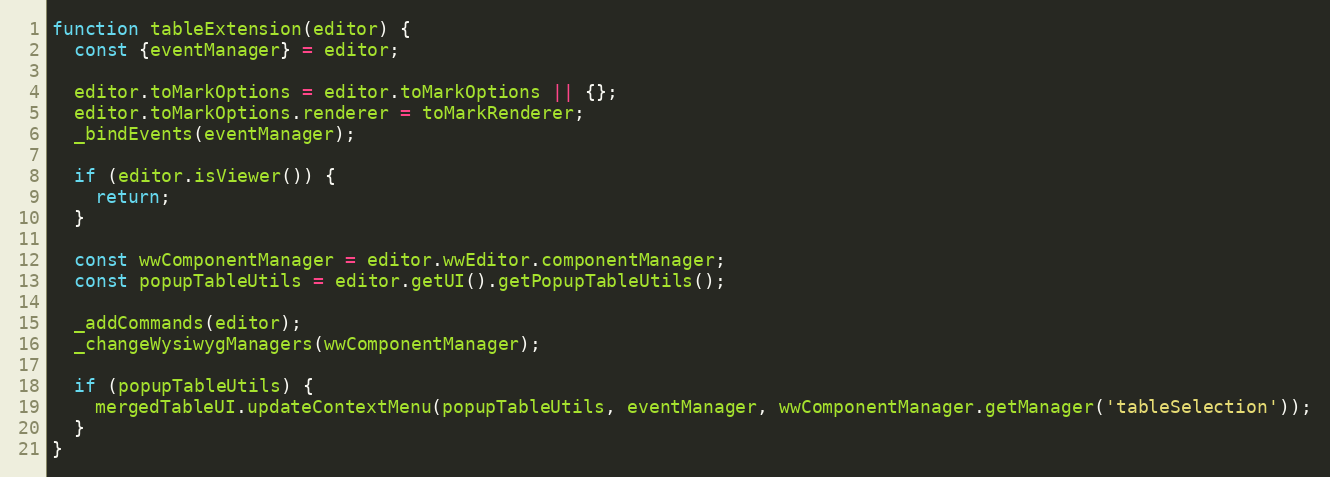
Language: JavaScript
function tableExtension(editor) {
  const {eventManager} = editor;

  editor.toMarkOptions = editor.toMarkOptions || {};
  editor.toMarkOptions.renderer = toMarkRenderer;
  _bindEvents(eventManager);

  if (editor.isViewer()) {
    return;
  }

  const wwComponentManager = editor.wwEditor.componentManager;
  const popupTableUtils = editor.getUI().getPopupTableUtils();

  _addCommands(editor);
  _changeWysiwygManagers(wwComponentManager);

  if (popupTableUtils) {
    mergedTableUI.updateContextMenu(popupTableUtils, eventManager, wwComponentManager.getManager('tableSelection'));
  }
}